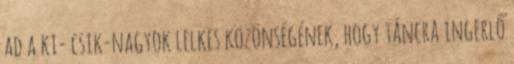
ad a ki- csik-nagyok lelkes közönségének, hogy táncra ingerlő